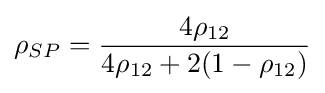
{\rho }_{SP}={\frac {4{\rho }_{12}}{4{\rho }_{12}+2(1-{\rho }_{12})}}